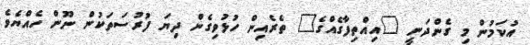
އުކަމުން މި ގެންދަނީ "އިއްތިފާގެއްގެ" ތެރެއިން ހުޅުވިގެން ދިޔަ ފުރުސަތަކުން ނޫން ހެއްޔެވެ